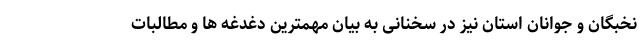
نخبگان و جوانان استان نیز در سخنانی به بیان مهمترین دغدغه ها و مطالبات